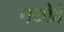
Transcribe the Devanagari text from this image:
पयोदे